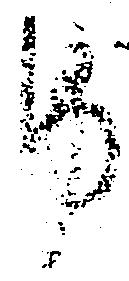
紙